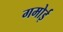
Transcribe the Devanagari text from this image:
गमोई